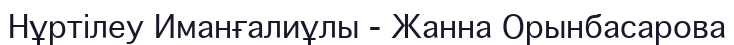
Нұртілеу Иманғалиұлы - Жанна Орынбасарова